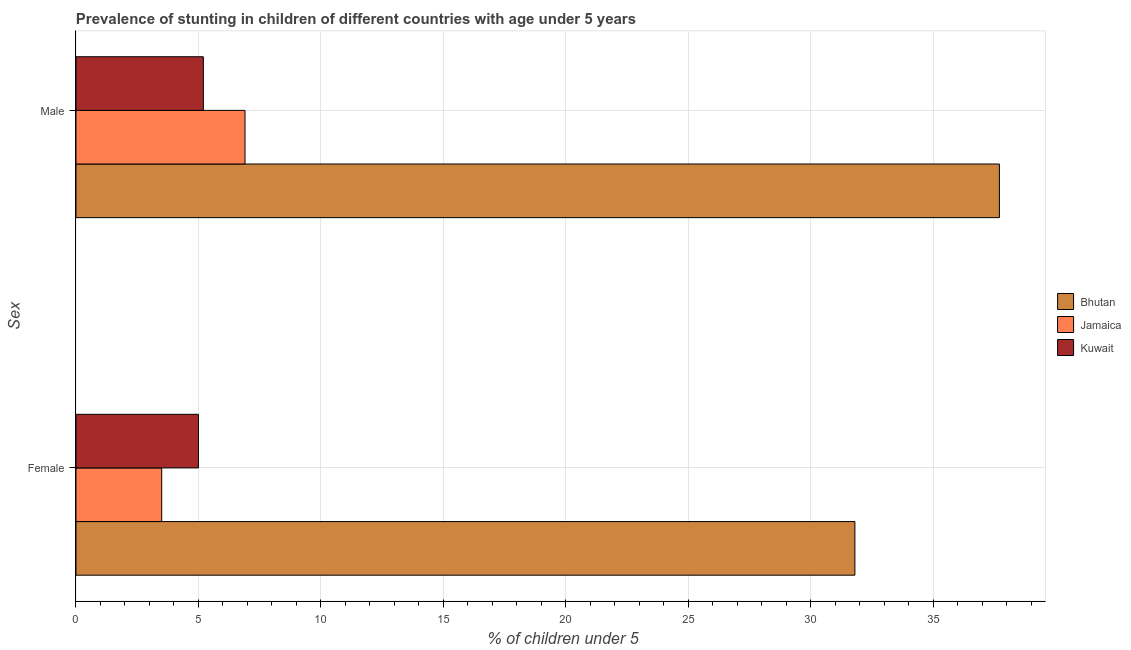
| Sex | Bhutan | Jamaica | Kuwait |
 | --- | --- | --- | --- |
 | Female | 31.8 | 3.5 | 5 |
 | Male | 37.7 | 6.9 | 5.2 |